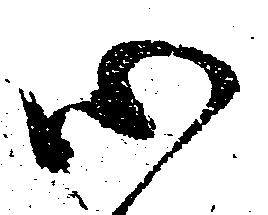
心